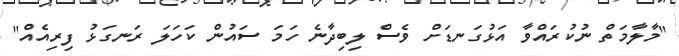
"މާލާމަތް ނުކުރައްވާ އަޅުގަނޑަށް ވެސް ލިބިދާނެ ހަމަ ސައުން ކަހަލަ ރަނގަޅު ފިރިއެއް"